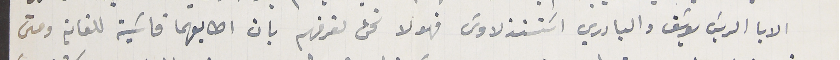
الابا الريسَ يوسَف والبادري اسَتنذلاوس فهولا نحن نعرفهم بان اطابعهما قاسَية للغاية ومتى